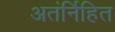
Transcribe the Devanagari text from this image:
अतंर्निहित